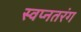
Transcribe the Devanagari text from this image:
स्वप्नतरंग